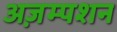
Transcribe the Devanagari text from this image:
अज़म्पशन